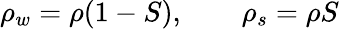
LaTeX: \rho_{w}=\rho(1-S),\qquad\rho_{s}=\rho S